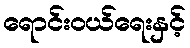
ရောင်းဝယ်ရေးနှင့်